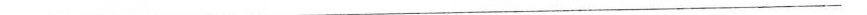
___